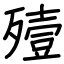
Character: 殪